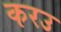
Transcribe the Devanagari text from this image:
करउ